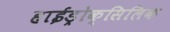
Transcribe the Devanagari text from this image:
हाईड्रोक्सिलिक